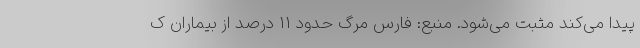
پیدا می‌کند مثبت می‌شود. منبع: فارس مرگ حدود ۱۱ درصد از بیماران ک